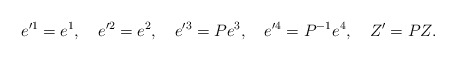
\begin{align*}e'^1 = e^1, \quad e'^2=e^2,\quad e'^3 =P e^3, \quad e'^4 = P^{-1}e^4,\quad Z'= PZ.\end{align*}